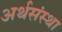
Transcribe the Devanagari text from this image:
अर्थसंस्था